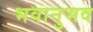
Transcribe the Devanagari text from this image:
भवानुभव